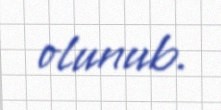
olunub.